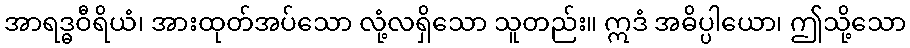
အာရဒ္ဓဝီရိယံ၊ အားထုတ်အပ်သော လုံ့လရှိသော သူတည်း။ ဣဒံ အဓိပ္ပါယော၊ ဤသို့သော